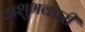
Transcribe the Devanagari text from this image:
अशुभकारी